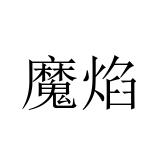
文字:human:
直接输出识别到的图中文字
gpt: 魔焰